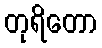
တုရိတော